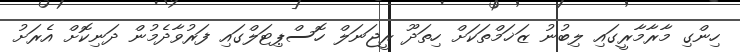
ހިންގި މާރާމާރީގައި ލިބުނު ޒަޚަމްތަކަށް ހިތަދޫ ރީޖަނަލް ހޮސްޕިޓަލްގައި ފަރުވާދެމުން ދަނިކޮށް އެރަށު